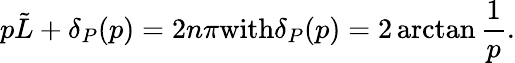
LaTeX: p\tilde{L}+\delta_{P}(p)=2n\pi\textrm{with}\delta_{P}(p)=2\arctan\frac{1}{p}.